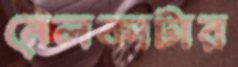
নেলকাটার